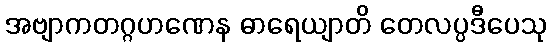
အဗျာကတဂ္ဂဟဏေန ဓာရေယျာတိ တေလပ္ပဒီပေသု